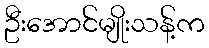
ဦးအောင်မျိုးသန့်က